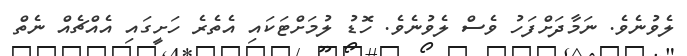
ލެވުނެވެ. ނަމާދަށްފަހު ވެސް ލެވުނެވެ. ހޮޑު ލުމަށްޓަކައި އެތެރެ ހަށީގައި އެއްޗެއް ނެތް